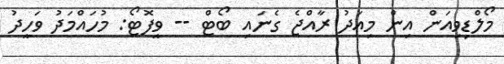
މޯލްޑިވިއަން އިން މިއަދު ރާއްޖެ ގެނައި ބޯޓް -- ވީފޮޓޯ: މުހައްމަދު ވަހީދު